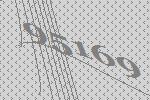
95169